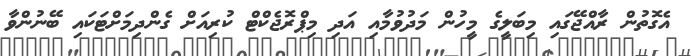
އެގޮތުން ރާއްޖޭގައި މިބަލީގެ މީހުން މަދުވުމާއި އަދި މިޕްރޮޖެކްޓް ކުރިއަށް ގެންދިމަށްޓަކައި ބޭނުންވާ